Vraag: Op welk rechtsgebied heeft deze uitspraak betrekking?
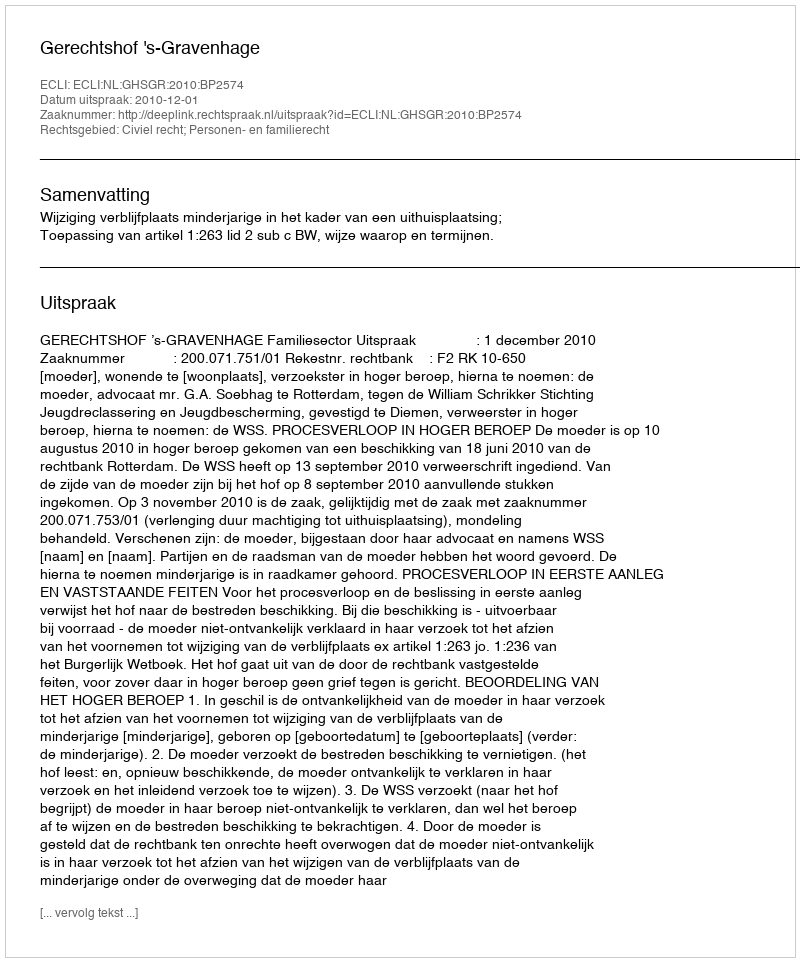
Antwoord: Civiel recht; Personen- en familierecht